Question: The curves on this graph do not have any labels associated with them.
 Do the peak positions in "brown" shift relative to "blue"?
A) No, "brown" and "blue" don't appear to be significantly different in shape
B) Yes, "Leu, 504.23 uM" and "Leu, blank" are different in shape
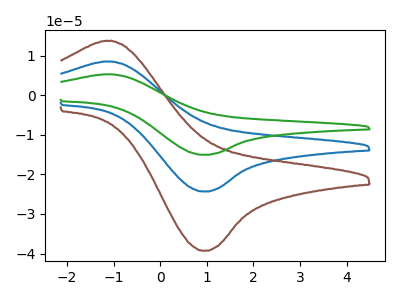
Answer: <think>The blue curve "blue" has an anodic peak at (-1.05V, 8.50uA) and a cathodic peak at (0.90V, -24.35uA). The brown curve "brown" has an anodic peak at (-1.05V, 13.75uA) and a cathodic peak at (0.90V, -39.30uA). The green curve "green" has an anodic peak at (-1.05V, 17.00uA) and a cathodic peak at (0.90V, -48.70uA).
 All the peaks in "brown" have a peak in "blue" at the same potential. Every peak in "brown" is higher than every peak in "blue".</think>
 <answer>A) No, "brown" and "blue" don't appear to be significantly different in shape</answer>
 <eval>A</eval>